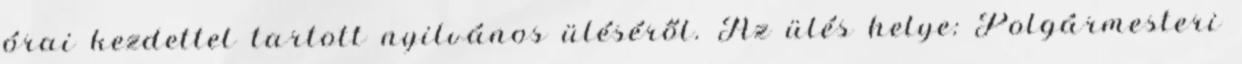
órai kezdettel tartott nyilvános üléséről. Az ülés helye: Polgármesteri